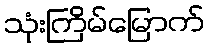
သုံးကြိမ်မြောက်